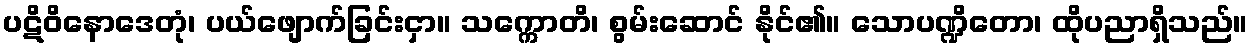
ပဋိဝိနောဒေတုံ၊ ပယ်ဖျောက်ခြင်းငှာ။ သက္ကောတိ၊ စွမ်းဆောင် နိုင်၏။ သောပဏ္ဍိတော၊ ထိုပညာရှိသည်။